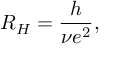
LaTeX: R _ { H } = { \frac { h } { \nu e ^ { 2 } } } ,